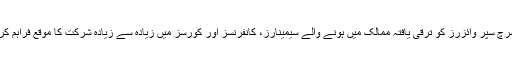
ریسرچ سپر وائزرز کو ترقی یافتہ ممالک میں ہونے والے سیمینارز، کانفرنسز اور کورسز میں زیادہ سے زیادہ شرکت کا موقع فراہم کریں۔